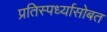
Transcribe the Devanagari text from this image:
प्रतिस्पर्ध्यासोबत